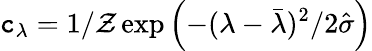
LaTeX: \mathtt{c}_{\lambda}=1/\mathcal{{Z}}\exp\left({-(\lambda-\bar{{\lambda}})^{2}/{2\hat{{\sigma}}}}\right)